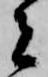
者